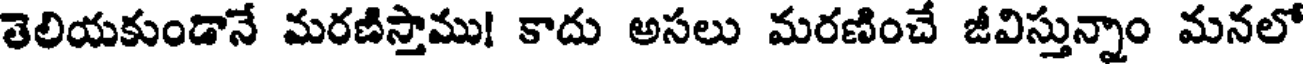
తెలియకుండానే మరణిస్తాము! కాదు అసలు మరణించే జీవిస్తున్నాం మనలో